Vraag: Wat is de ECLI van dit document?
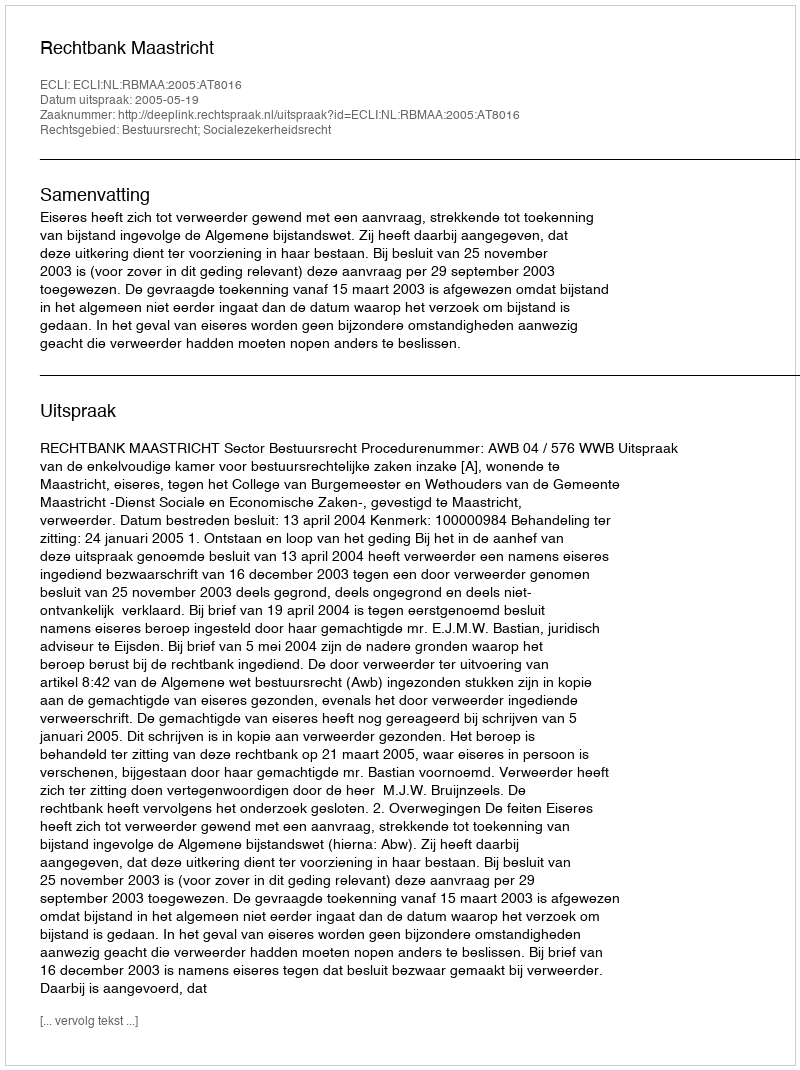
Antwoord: ECLI:NL:RBMAA:2005:AT8016